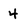
Character: 4